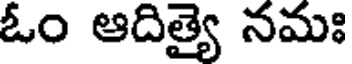
ఓం ఆదిత్యై నమః